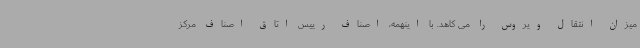
میزان انتقال ویروس را می کاهد. با اینهمه، اصناف رییس اتاق اصناف مرکز